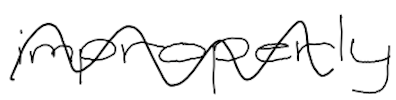
Text: improperly
Cross-out: wave
Writing tool: digital_black